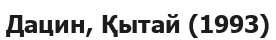
Дацин, Қытай (1993)